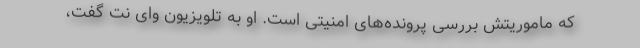
که ماموریتش بررسی پرونده‌های امنیتی است. او به تلویزیون وای نت گفت،